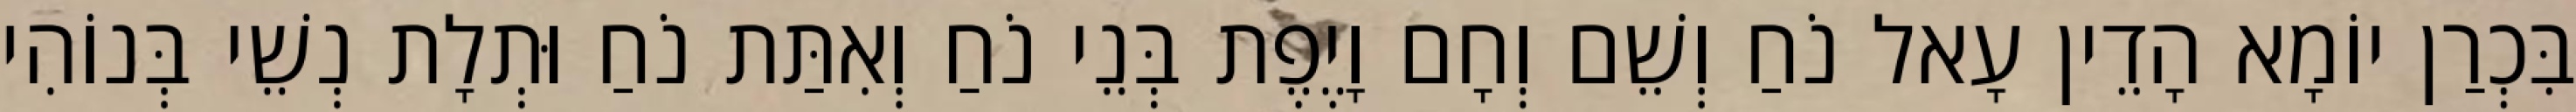
בִּכְרַן יוֹמָא הָדֵין עָאל נֹחַ וְשֵׁם וְחָם וָיֶפֶת בְּנֵי נֹחַ וְאִתַּת נֹחַ וּתְלָת נְשֵׁי בְּנוֹהִי